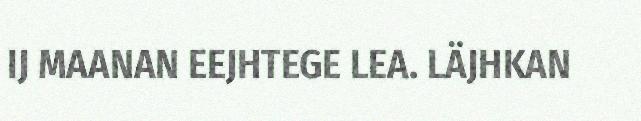
IJ MAANAN EEJHTEGE LEA. LÄJHKAN